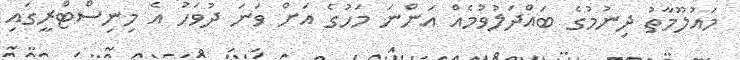
މައުލޫމާތު ދިނުމުގެ ބައްދަލުވުމެއް އަންނަ މަހުގެ އަށް ވަނަ ދުވަހު އެ މިނިސްޓްރީގައި